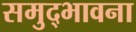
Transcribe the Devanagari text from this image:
समुद्भावना